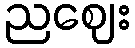
ညဈေး